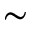
\sim